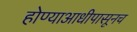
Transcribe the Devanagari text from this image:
होण्याआधीपासूनच